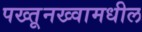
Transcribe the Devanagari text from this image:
पख्तूनख्वामधील